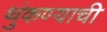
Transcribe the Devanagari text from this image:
थुंकण्याची